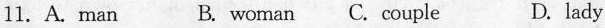
11. A. man B. woman C. couple D. lady